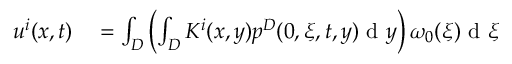
\begin{array} { r l } { u ^ { i } ( x , t ) } & { { } = \int _ { D } \left( \int _ { D } K ^ { i } ( x , y ) p ^ { D } ( 0 , \xi , t , y ) \textrm { d } y \right) \omega _ { 0 } ( \xi ) \textrm { d } \xi } \end{array}